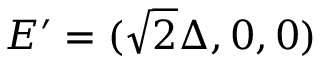
E ^ { \prime } = ( \sqrt { 2 } \Delta , 0 , 0 )